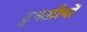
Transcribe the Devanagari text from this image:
टुकड़ीयों